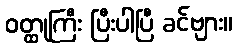
ဝတ္ထုကြီး ပြီးပါပြီ ခင်ဗျား။